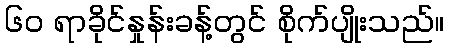
၆၀ ရာခိုင်နှုန်းခန့်တွင် စိုက်ပျိုးသည်။